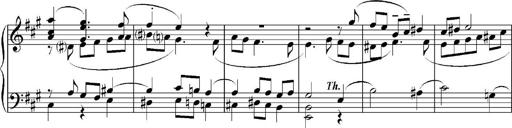
Title: Sonatina No.5
Composer: Otto Stoll
Key: F-sharp minor